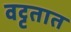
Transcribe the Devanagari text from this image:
वट्टतात